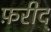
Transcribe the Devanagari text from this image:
फ़रीद्